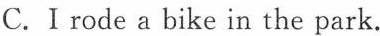
C.I rode a bike in the park.